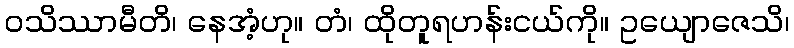
ဝသိဿာမီတိ၊ နေအံ့ဟု။ တံ၊ ထိုတူရဟန်းငယ်ကို။ ဥယျောဇေသိ၊